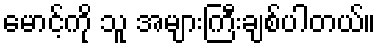
မောင့်ကို သူ အများကြီးချစ်ပါတယ်။